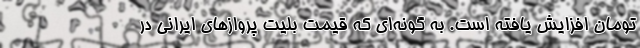
تومان افزایش یافته است. به گونه‌ای که قیمت بلیت پروازهای ایرانی در